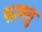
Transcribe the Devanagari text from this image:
फाख्तु